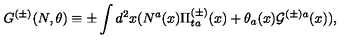
G ^ { ( \pm ) } ( N , \theta ) \equiv \pm \int d ^ { 2 } x ( N ^ { a } ( x ) \Pi _ { t a } ^ { ( \pm ) } ( x ) + \theta _ { a } ( x ) { \cal G } ^ { ( \pm ) a } ( x ) ) ,